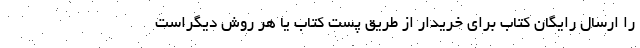
را ارسال رایگان کتاب برای خریدار از طریق پست کتاب یا هر روش دیگراست